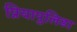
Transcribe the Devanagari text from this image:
प्रियापुलिडा